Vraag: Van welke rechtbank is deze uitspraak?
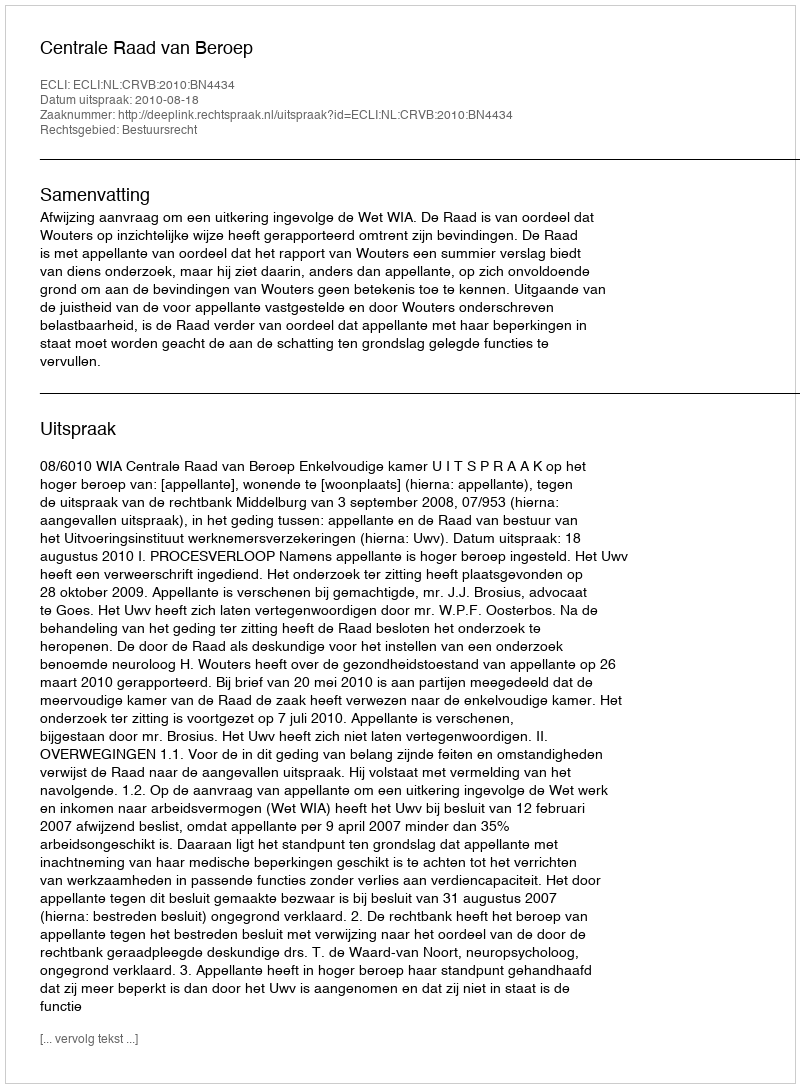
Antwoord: Centrale Raad van Beroep